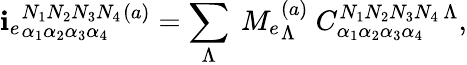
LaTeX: \mathbf{i}_{e}{}_{\alpha_{1}\alpha_{2}\alpha_{3}\alpha_{4}}^{N_{1}N_{2}N_{3}N_{4}}{}^{(a)}=\sum_{\Lambda}\ M_{e}{}_{\Lambda}^{(a)}\ {C}_{\alpha_{1}\alpha_{2}\alpha_{3}\alpha_{4}}^{N_{1}N_{2}N_{3}N_{4}\, \Lambda},